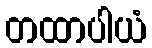
တထာပါယံ